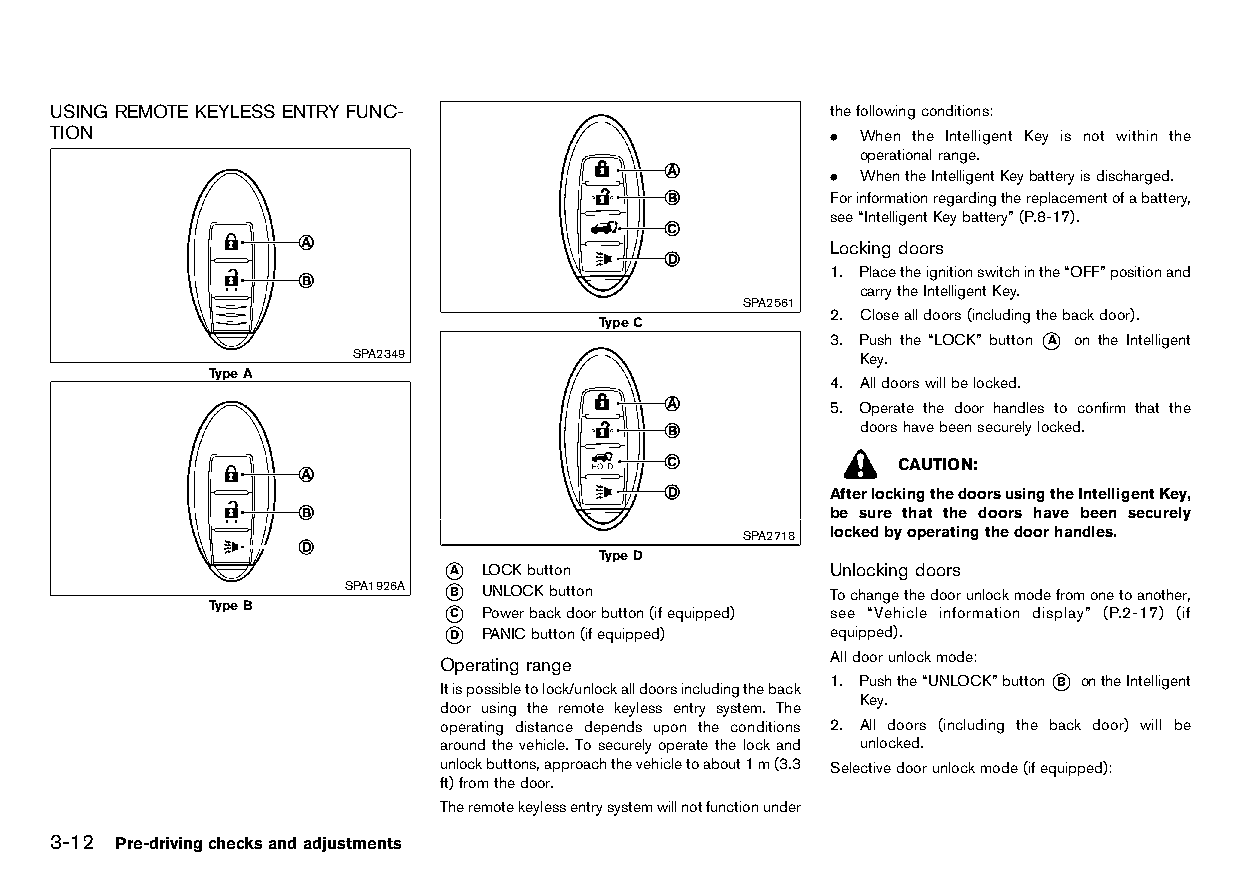
(120,1)
 USING REMOTE KEYLESS ENTRY FUNC-                    thefollowingconditions:
 TION                                                . When the Intelligent Key is not within the
 HT32A1-27E5A408-0CF3-4029-BFC2-03A4C5496881
 operationalrange.
 . WhentheIntelligentKeybatteryisdischarged.
 Forinformationregardingthereplacementofabattery,
 see“IntelligentKeybattery”(P.8-17).
 Locking doors
 HT32A1-59C48714-7092-416E-964F-87ABE0DE37CD
 1. Placetheignitionswitchinthe“OFF”positionand
 carrytheIntelligentKey.
 SPA2561
 2. Closealldoors(includingthebackdoor).
 TypeC
 3. Push the “LOCK” button *A on the Intelligent
 SPA2349                           Key.
 TypeA
 4. Alldoorswillbelocked.
 5. Operate the door handles to confirm that the
 doorshavebeensecurelylocked.
 CAUTION:
 AfterlockingthedoorsusingtheIntelligentKey,
 be sure that the doors have been securely
 SPA2718 lockedbyoperatingthedoorhandles.
 TypeD
 *A LOCKbutton             Unlocking doors
 SPA1926A *B UNLOCKbutton        TochangetheH dT o3 o2A r1 u-0 n2 lC o4 cF k53 mF- o11 d1 eC- f4 r2 o4 m0-9 o0D nA e-B t0 o21 aC n8 o39 t0 hA e5 r9 ,
 TypeB          *C Powerbackdoorbutton(ifequipped) see “Vehicle information display” (P.2-17) (if
 *D PANICbutton(ifequipped) equipped).
 Operating range           Alldoorunlockmode:
 ItispossibletolH oT c3 k2A /u1- nB l3 o6 cC k97 aE l8 l- d08 oE o8 r-4 s7 iE nA c-8 lu2F d0 i- n1 g7A t0 h7 eF1 b17 a9 c0 kA 1. Pushthe“UNLOCK”button*B ontheIntelligent
 Key.
 door using the remote keyless entry system. The
 operating distance depends upon the conditions 2. All doors (including the back door) will be
 around the vehicle. Tosecurely operate the lock and unlocked.
 unlockbuttons,approachthevehicletoabout1m(3.3 Selectivedoorunlockmode(ifequipped):
 ft)fromthedoor.
 Theremotekeylessentrysystemwillnotfunctionunder
 3-12 Pre-drivingchecksandadjustments
 Condition:                        [Edit:2015/8/24 Model: HT32-A]